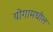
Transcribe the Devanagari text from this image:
योगामधील